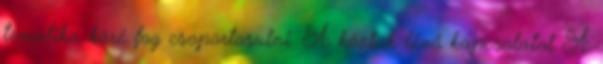
tematika köré fog csoportosulni. A köztük lévő kapcsolatot A